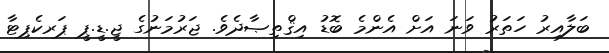
ބަލާއިރު ހަތަރު ވަނަ އަށް އެންމެ ބޮޑު އިޤްތިޞާދެވެ. ޖަރުމަނުގެ ޖީ.ޑީ.ޕީ ޕަރކެޕިޓާ